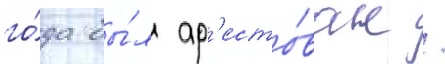
го́да бы́л ар'есто́ван /